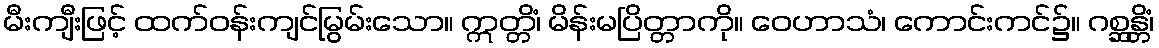
မီးကျီးဖြင့် ထက်ဝန်းကျင်မြွမ်းသော။ ဣတ္တိံ၊ မိန်းမပြိတ္တာကို။ ဝေဟာသံ၊ ကောင်းကင်၌။ ဂစ္ဆန္တိံ၊